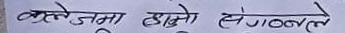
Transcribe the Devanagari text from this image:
लुईले जमा हाइनो लेंगल्ल